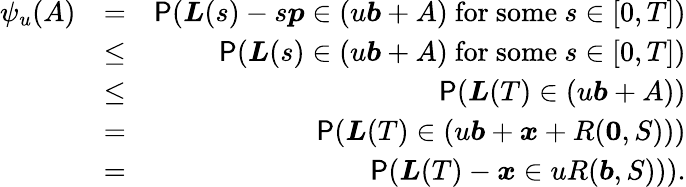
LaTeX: \begin{array}{rlr}{\psi_{u}(A)}&{=}&{\P(\boldsymbol L(s)-s\boldsymbol p\in(u\boldsymbol b+A)\mathrm{~for~some~}s\in[0,T])}\\ &{\leq}&{\P(\boldsymbol L(s)\in(u\boldsymbol b+A)\mathrm{~for~some~}s\in[0,T])}\\ &{\leq}&{\P(\boldsymbol L(T)\in(u\boldsymbol b+A))}\\ &{=}&{\P(\boldsymbol L(T)\in(u\boldsymbol b+\boldsymbol x+R(\boldsymbol 0,S)))}\\ &{=}&{\P(\boldsymbol L(T)-\boldsymbol x\in uR(\boldsymbol b,S))).}\end{array}